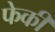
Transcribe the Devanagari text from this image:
फेकी